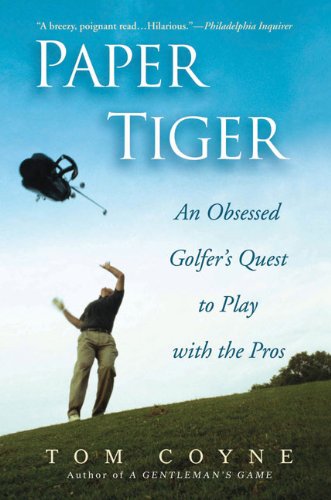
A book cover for Paper Tiger: An Obsessed Golfer's Quest to Play with the Pros; Tom Coyne; Biographies & Memoirs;